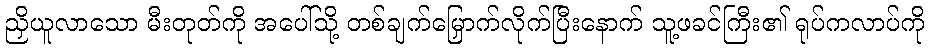
ညှိယူလာသော မီးတုတ်ကို အပေါ်သို့ တစ်ချက်မြှောက်လိုက်ပြီးနောက် သူ့ဖခင်ကြီး၏ ရုပ်ကလာပ်ကို